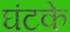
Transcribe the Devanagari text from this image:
घंटके